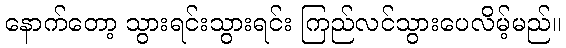
နောက်တော့ သွားရင်းသွားရင်း ကြည်လင်သွားပေလိမ့်မည်။